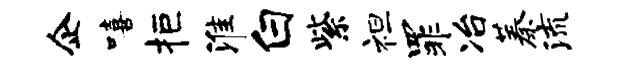
企嘻拒淮白紫袒罪冶蓁流